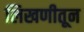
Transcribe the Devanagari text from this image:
लिखणीतून